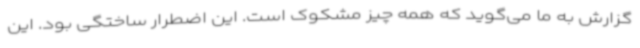
گزارش به ما می‌گوید که همه چیز مشکوک است. این اضطرار ساختگی بود. این